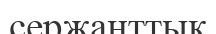
сержанттық